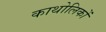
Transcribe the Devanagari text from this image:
काथोलिकों